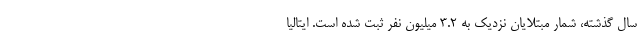
سال گذشته، شمار مبتلایان نزدیک به ۳.۲ میلیون نفر ثبت شده است. ایتالیا